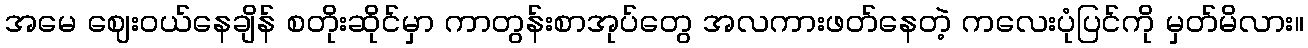
အမေ ဈေးဝယ်နေချိန် စတိုးဆိုင်မှာ ကာတွန်းစာအုပ်တွေ အလကားဖတ်နေတဲ့ ကလေးပုံပြင်ကို မှတ်မိလား။